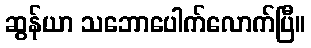
ဆွန်ယာ သဘောပေါက်လောက်ပြီ။